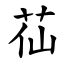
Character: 苮